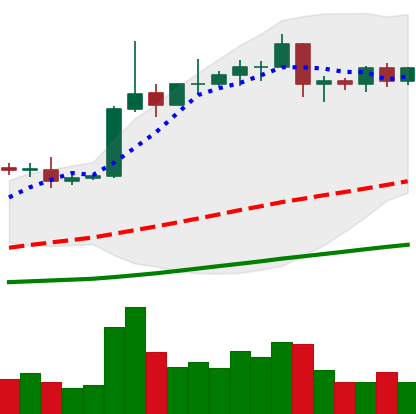
Ticker: EOS-USD
Chart end date: 2019-04-16
Forward return: -5.417%
Label: down_5_7